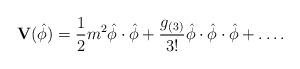
LaTeX: \begin{align*} \mathbf{V}(\hat{\phi})=\frac{1}{2}m^2\hat{\phi}\cdot \hat{\phi}+ \frac{g_{(3)}}{3!}\hat{\phi}\cdot \hat{\phi}\cdot \hat{\phi} +\dots.\end{align*}